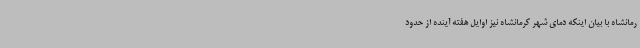
رمانشاه با بیان اینکه دمای شهر کرمانشاه نیز اوایل هفته آینده از حدود